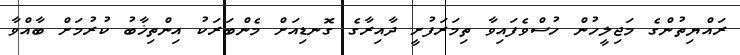
ރައްޔިތުންގެ މަޖިލީހުން ހުސްވެފައިވާ ތިމަރަފުށީ ދާއިރާގެ ގޮނޑިއަށް މެންބަރަކު އިންތިޚާބު ކުރުމަށް ބާއްވާ